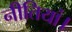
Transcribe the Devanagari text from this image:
नीतियां।